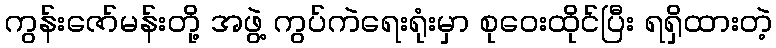
ကွန်းဇော်မန်းတို့ အဖွဲ့ ကွပ်ကဲရေးရုံးမှာ စုဝေးထိုင်ပြီး ရရှိထားတဲ့